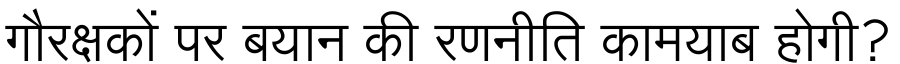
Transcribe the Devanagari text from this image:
गौरक्षकों पर बयान की रणनीति कामयाब होगी?